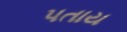
પતાય